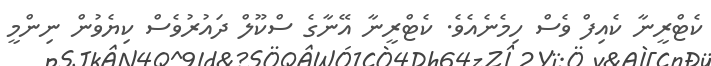
ކެޓްރީނާ ކެއިފް ވެސް ހިމެނެއެވެ. ކެޓްރީނާ އޭނާގެ ސްކޫލް ދައުރުވެސް ކިޔެވުން ނިންމީ